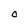
Character: O